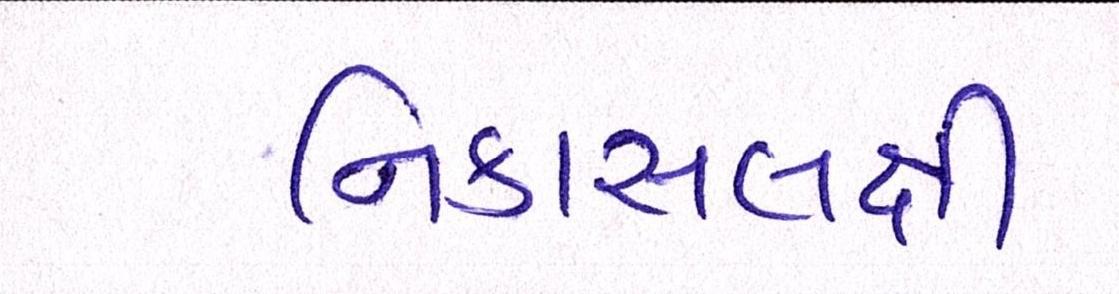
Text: નિકાસલક્ષી